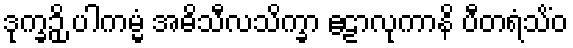
ဒုက္ခဉှိ ပါကမ္မံ အဓိသီလသိက္ခာ ဧဠာလုကာနိ ပီတရံသိံဝ